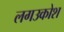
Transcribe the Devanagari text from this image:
लगउकोश